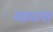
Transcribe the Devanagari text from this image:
गाफ्स